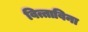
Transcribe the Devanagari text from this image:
वित्ताविना